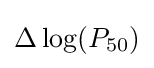
{\textstyle \Delta \log(P_{50})}